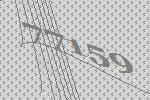
77159